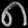
Digit: ၈